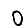
Digit: 0